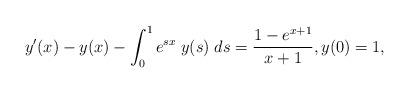
LaTeX: \begin{align*} y'(x) - y(x) - \int_0^1 {{e^{s x}}\; y(s)\; ds} = \frac{{1 - {e^{x + 1}}}}{{x + 1}}, y(0) = 1,\end{align*}